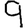
Digit: 9